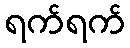
ရက်ရက်